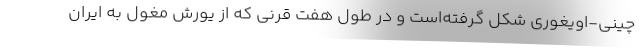
چینی-اویغوری شکل گرفته‌است و در طول هفت قرنی که از یورش مغول به ایران